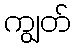
ကျွတ်